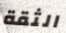
الثقة